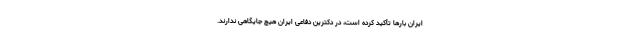
ایران بارها تأکید کرده است، در دکترین دفاعی ایران هیچ جایگاهی ندارند.